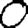
Digit: 0